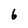
Character: 6